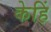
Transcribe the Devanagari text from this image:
केहिं